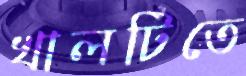
খালটিতে